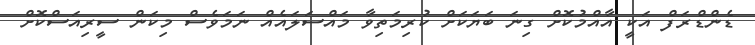
ޑެންޑްރަފް އަކީ އާއްމުކޮށް ގިނަ ބަޔަކަށް ކުރިމަތިވާ މައްސަލައެއް ނަމަވެސް މިކަން ސީރިއަސްކޮށް